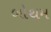
બોથમ